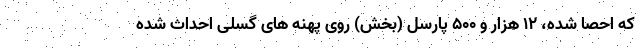
که احصا شده، ۱۲ هزار و ۵۰۰ پارسل (بخش) روی پهنه های گسلی احداث شده